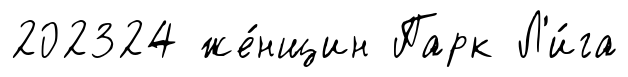
202324 же́нщин Парк Л'и́га